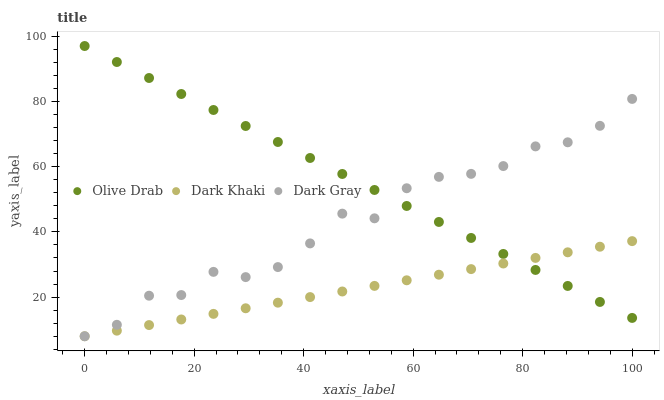
| xaxis_label | Olive Drab | Dark Khaki | Dark Gray |
 | --- | --- | --- | --- |
 | 0 | 97 | 8 | 8 |
 | 5.88 | 92.1 | 9.72 | 11.5 |
 | 11.8 | 87.2 | 11.4 | 20.4 |
 | 17.6 | 82.3 | 13.1 | 20.6 |
 | 23.5 | 77.4 | 14.9 | 27.7 |
 | 29.4 | 72.5 | 16.6 | 26.1 |
 | 35.3 | 67.6 | 18.3 | 29.2 |
 | 41.2 | 62.7 | 20 | 36.5 |
 | 47.1 | 57.8 | 21.7 | 45.6 |
 | 52.9 | 52.9 | 23.4 | 44.2 |
 | 58.8 | 48 | 25.2 | 53.4 |
 | 64.7 | 43 | 26.9 | 56.9 |
 | 70.6 | 38.1 | 28.6 | 57.8 |
 | 76.5 | 33.2 | 30.3 | 60.2 |
 | 82.4 | 28.3 | 32 | 66.2 |
 | 88.2 | 23.4 | 33.7 | 67.5 |
 | 94.1 | 18.5 | 35.5 | 72.5 |
 | 100 | 13.6 | 37.2 | 80.8 |